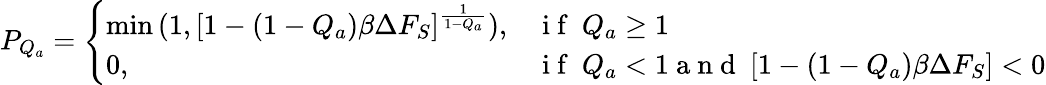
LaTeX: P_{Q_{a}}=\left\{ \begin{array}{ll}{\operatorname*{min}{(1,[1-(1-Q_{a})\beta\Delta F_{S}]^{\frac{1}{1-Q_{a}}})},}&{\mathrm{~i~f~}\ Q_{a}\ge 1}\\ {0,}&{\mathrm{~i~f~}\ Q_{a}<1\mathrm{~a~n~d~}\ [1-(1-Q_{a})\beta\Delta F_{S}]<0}\end{array}\right.